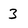
Character: 3